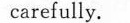
carefully.